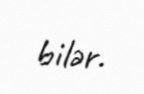
bilər.